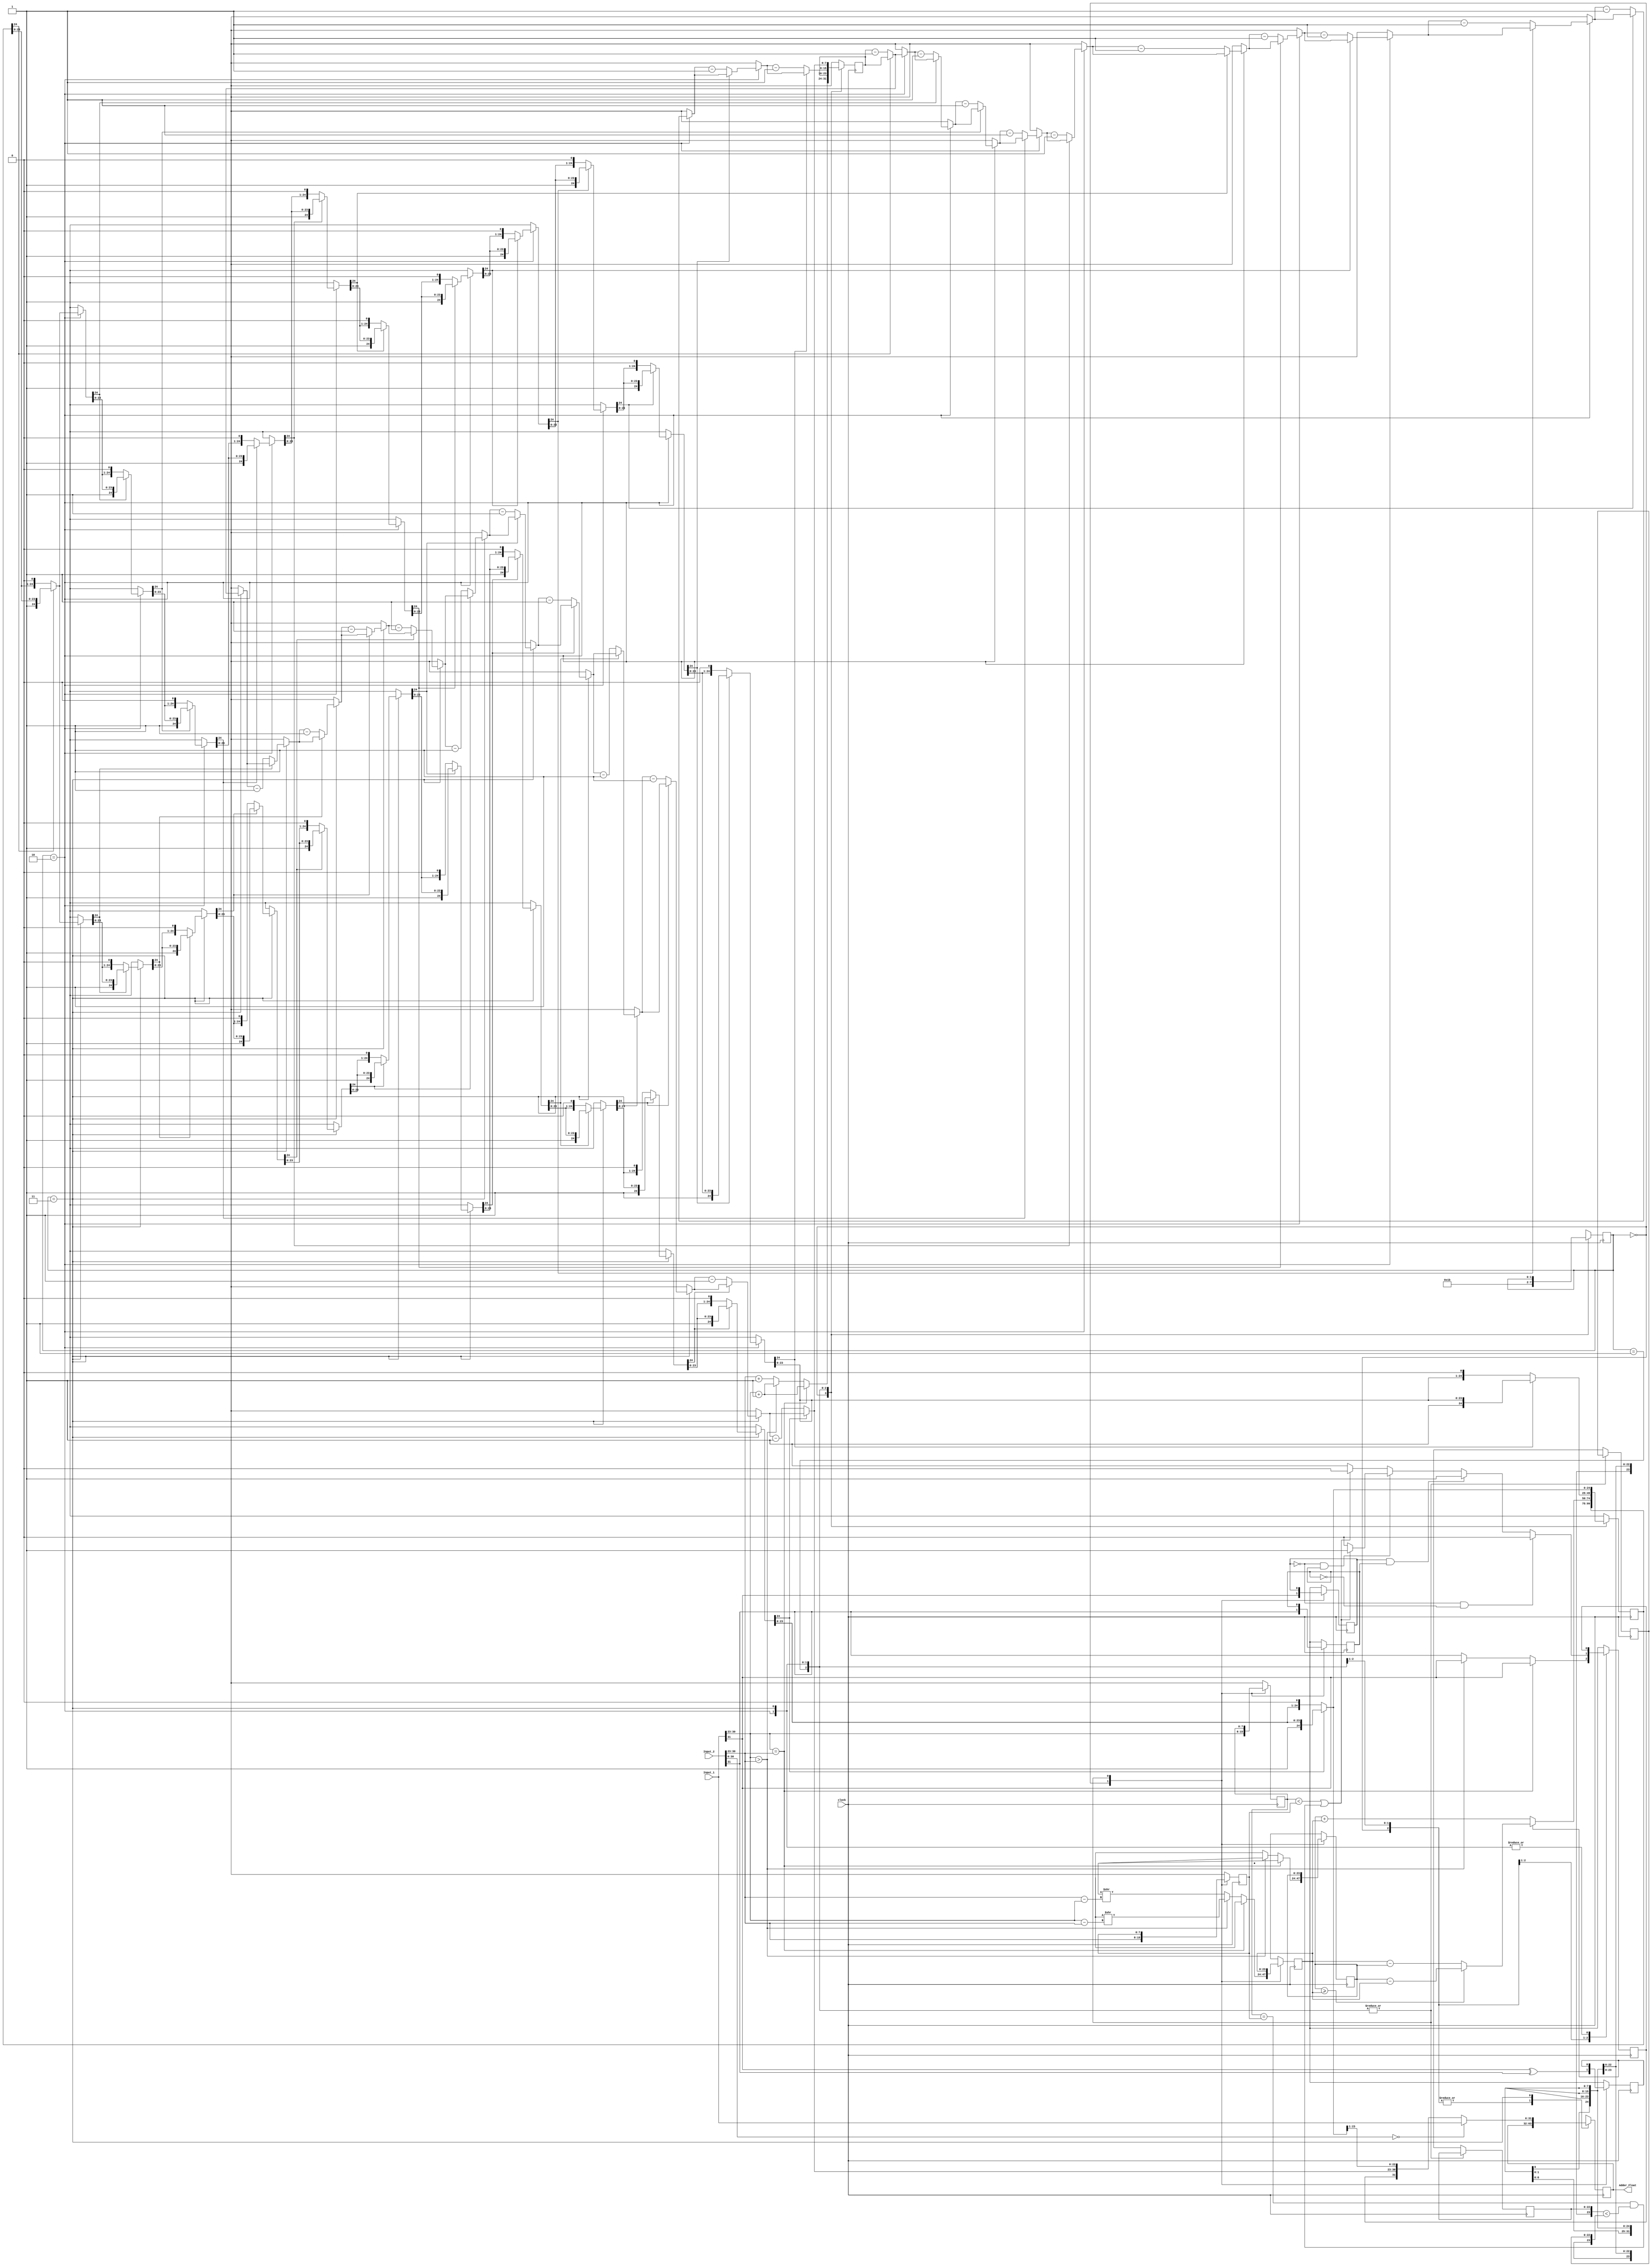
module Adder(
		input clock,
		input [31:0] Input_1,
		input [31:0] Input_2,
		output reg [31:0] Adder_Float
    );
    
    reg Input_1_sign, Input_2_sign, Adder_Float_sign, temp_sign;
    reg [7:0] Input_1_exp, Input_2_exp, Adder_Float_exp, Inputs_exp_diff;
    reg [23:0] Input_1_mnt,Input_2_mnt,Larger_Input_mnt,Smallerr_Input_mnt;
    reg [24:0] Adder_Float_mnt;
    
    integer i_for;
    
    reg [1:0] state = 'b0;
    
    always @(posedge clock)
    begin
    case (state)
    'b0:
    begin
		//Breaking the inputs into sign, exponent and mantissa based on IEEE format
        Input_1_sign = Input_1[31];
        Input_2_sign = Input_2[31];
        Input_1_exp = Input_1[30:23];
        Input_2_exp = Input_2[30:23];
        Input_1_mnt[22:0] = a[22:0];
        Input_2_mnt[22:0] = b[22:0];
		//Comparing the input exponents to put the largest into the first operand
        if(Input_1_exp == Input_2_exp)
        begin
            Larger_Input_mnt = Input_1_mnt;
            Smallerr_Input_mnt = Input_2_mnt;
            Adder_Float_exp = Input_1_exp + 1'b1;
            Adder_Float_sign = Input_1_sign;
        end
        else if(Input_1_exp > Input_2_exp)
        begin
            Inputs_exp_diff = Input_1_exp - Input_2_exp;
            Larger_Input_mnt = Input_1_mnt;
            Smallerr_Input_mnt = Input_2_mnt >> Inputs_exp_diff; //Adjusting the mantissa
            Adder_Float_exp = Input_1_exp + 1'b1;
            Adder_Float_sign = Input_1_sign;
        end
        else
        begin
            Inputs_exp_diff = Input_2_exp - Input_1_exp;
            Larger_Input_mnt = Input_2_mnt;
            Smallerr_Input_mnt = Input_1_mnt >> Inputs_exp_diff; //Adjusting the mantissa
            Adder_Float_exp = Input_2_exp + 1'b1;
            Adder_Float_sign = Input_2_sign;
        end
		//XOR signs to see what the actual operation is (addition or subtraction)
        temp_sign = Input_1_sign ^ Input_2_sign;
        state = 'b1;
    end
    'b1:
    begin
        if(temp_sign == 0) //Actual operation is addition
        begin
			Adder_Float_mnt = Larger_Input_mnt + Smallerr_Input_mnt;
			Adder_Float_sign = Input_1_sign;
        end
        else			   //Actual operation is addition
        begin
			if(Larger_Input_mnt >= Smallerr_Input_mnt)
				Adder_Float_mnt = Larger_Input_mnt - Smallerr_Input_mnt;
			else
				Adder_Float_mnt = Smallerr_Input_mnt - Larger_Input_mnt;
        end
		//Setting output sign based on th einputs sign and their value
        if(Input_1_sign == 0 && Input_2_sign == 0)				//Both inputs are positive
			Adder_Float_sign = 1'b0;
        else if (Input_1_sign == 1 && Input_2_sign == 1)		//Both inputs are negative
			Adder_Float_sign = 1'b1;
        else if (Input_1_sign == 0 && Input_2_sign == 1)		//Inputs with different signs
        begin
			if(Input_1_exp < Input_2_exp || ((Input_1_exp == Input_2_exp) && (Input_1_mnt < Input_2_mnt)))
				Adder_Float_sign = 1'b1;						//Second input is larger and negative
			else
				Adder_Float_sign = 1'b0;						//Second input is smaller and negative
        end 
        else
        begin
			if(Input_1_exp < Input_2_exp || ((Input_1_exp == Input_2_exp) && (Input_1_mnt < Input_2_mnt)))
				Adder_Float_sign = 1'b0;						//First input is larger and negative
			else
				Adder_Float_sign = 1'b1;						//First input is smaller and negative
        end
        state = 'b10;
    end
    'b10:
    begin
		//Normalizing the results for the defined leading "1" in IEEE format
		//Shifting left the mantissa and adjussting the expont while the last bit is "0"
        for(i_for = 0; i_for < 12; i_for = i_for + 1)
            if (Adder_Float_mnt[24] == 0)
            begin
                Adder_Float_mnt = Adder_Float_mnt << 1;
                Adder_Float_exp = Adder_Float_exp - 1;
            end
        state = 'b11;
    end
    'b11:
    begin
		//Normalizing the results for the defined leading "1" in IEEE format
		//Shifting left the mantissa and adjussting the expont while the last bit is "0"
        for(i_for = 12; i_for < 24; i_for = i_for + 1)
            if (Adder_Float_mnt[24] == 0)
            begin
                Adder_Float_mnt = Adder_Float_mnt << 1;
                Adder_Float_exp = Adder_Float_exp - 1;
            end
        if(a[30:0] == 31'b0)
            Adder_Float = Input_2[31:0];
        else if (Input_2[30:0] == 31'b0)
            Adder_Float = Input_1[31:0];
        else
            Adder_Float = {Adder_Float_sign, Adder_Float_exp, Adder_Float_mnt[23:1]};
    end
	endcase
	end //always
endmodule